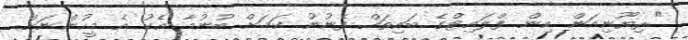
"ރިޔޫނިއަން އިން ފްލައިޓްގެ ބައިތައް ފެނުނު ކަމަށް ބުނުމާ އެކު އެ މީހުންނަށް